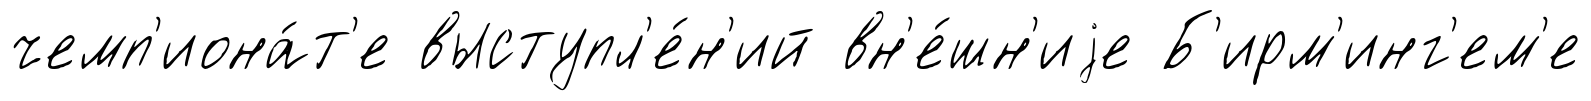
чемп'иона́т'е выступл'е́н'ий вн'е́шн'иjе Б'ирм'инг'ем'е